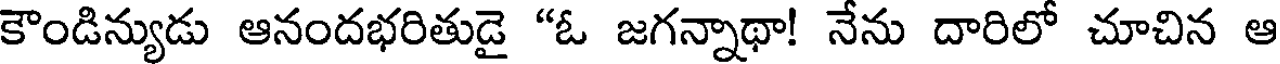
కౌండిన్యుడు ఆనందభరితుడై "ఓ జగన్నాథా! నేను దారిలో చూచిన ఆ